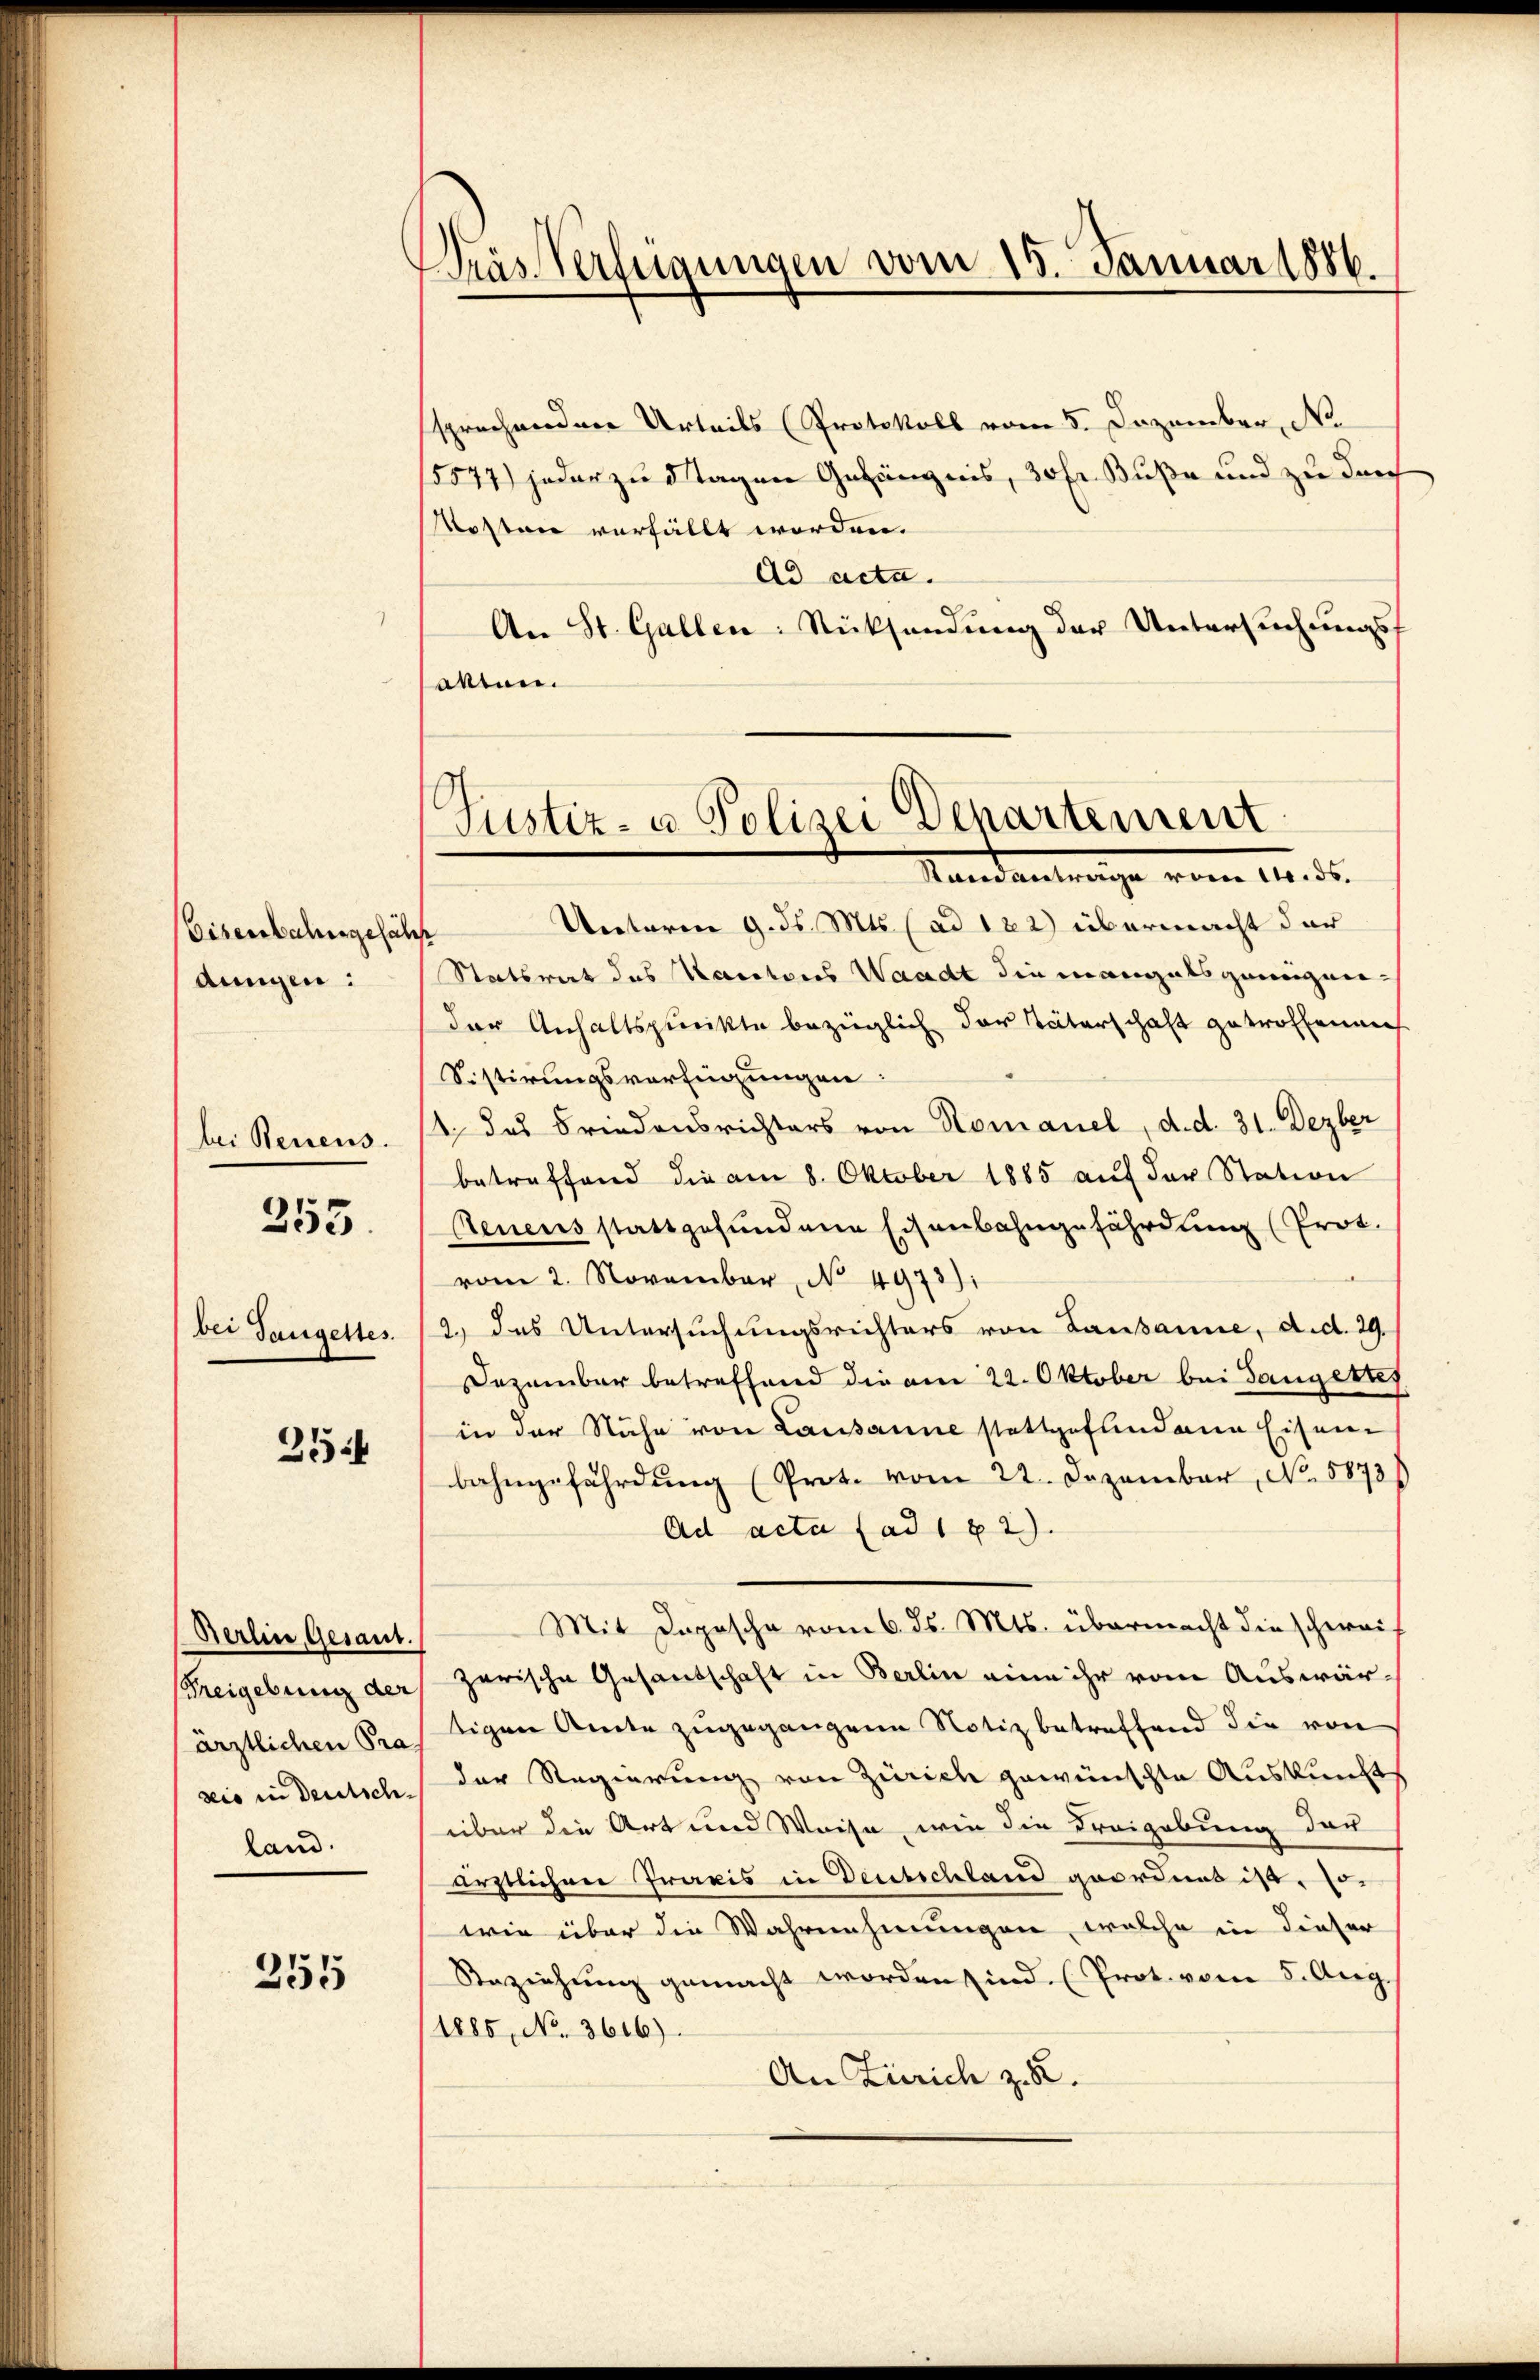
Eisenbahngefäh
dungen:

bei Benens.

255.

bei Tangeltes.

354

Berlin Gesant.
Freigebung der
ärztlichen Pra
sio in Deutschland.

355

Wräs Verfügungen vom 15. Januar 1886.

Justiz- u Polizei Departement
Mandanteige vom 12. ds.

sprechnordner Urteils (Protokoll vom 5. Dezember, No
15577) jeder zu tagen Gefängnis, 30 Fr. Buße und zu durch
Roston verfällt worden.
ad acta.
An St. Gallen: Rücksendung der Untersuchungsf
atten.
Unterm 9. ds. Mts. (ad 122) übermacht der
e
Statsrat des Kantons Waadt die mangals geneignie-
der Anhaltspunkte bezüglich der Väterschaft getroffenen
Sistirungsverfügungen:
1. das Friedensrichters von Romanel, d. d. 31. Dezber
betreffend die am 8. Oktober 1885 auf der Station
Aenens stattgefundene Eisenbahngefährdung (Prot.
vom 2. November, No. 4973).
2.) Das Untersuchungsrichters von Lausanne, d. d. 29.
Dezember betreffend die am 22. Oktober bei Gangerte
in der Nähe von Lausanne stattgefundene Eisen
bahngefährdung (Prot. vom 22. Dezember, No. 5873/
Ad acta ad 1 82).
Mit Japasche vom 6. ds. Mts. übermacht die schwaizerische Gesandschaft in Berlin eine ihr vom Auswärtigen Amte zugegangene Notiz betreffend die von
der Regierung von Zürich gewünschte Auskunft
über die Art und Weise, wie die Freigebung der
ärztlichen Praxis in Deutschland geordnet ist, so
wie über die Wahrnehmungen, welche in dieser
Beziehŭng gemacht worden sind (Prot. vom 5. Aug.
1885, No. 3616).
An Zürich z. B.